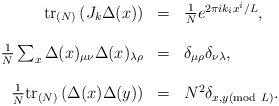
\begin{align*}\begin{array}{r c l}\mathrm{tr}_{(N)}\left(J_k\Delta(x)\right) & = &\frac{1}{N}e^{2\pi i k_ix^i/L},\\\\\frac{1}{N}\sum_x\Delta(x)_{\mu\nu}\Delta(x)_{\lambda\rho} & = &\delta_{\mu\rho}\delta_{\nu\lambda},\\\\\frac{1}{N}\mathrm{tr}_{(N)}\left(\Delta(x)\Delta(y)\right) & = &N^2\delta_{x,y(\mathrm{mod} \ L)}.\end{array}\end{align*}